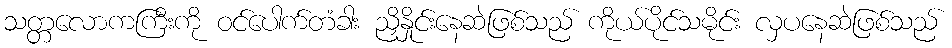
သတ္တလောကကြီးကို ဝင်ပေါက်တံခါး ညှိနှိုင်းနေဆဲဖြစ်သည် ကိုယ်ပိုင်သမိုင်း လှပနေဆဲဖြစ်သည်